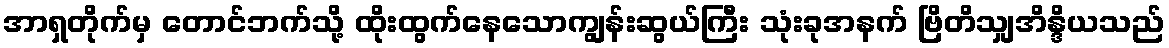
အာရှတိုက်မှ တောင်ဘက်သို့ ထိုးထွက်နေသောကျွန်းဆွယ်ကြီး သုံးခုအနက် ဗြိတိသျှအိန္ဒိယသည်